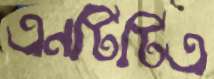
এনটিটিএ